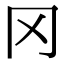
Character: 冈